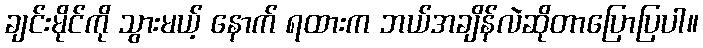
ချင်းမိုင်ကို သွားမယ့် နောက် ရထားက ဘယ်အချိန်လဲဆိုတာပြောပြပါ။